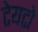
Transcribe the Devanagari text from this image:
टेयटो